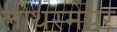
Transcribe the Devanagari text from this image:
लोथरमेयर